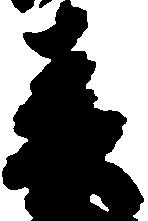
春